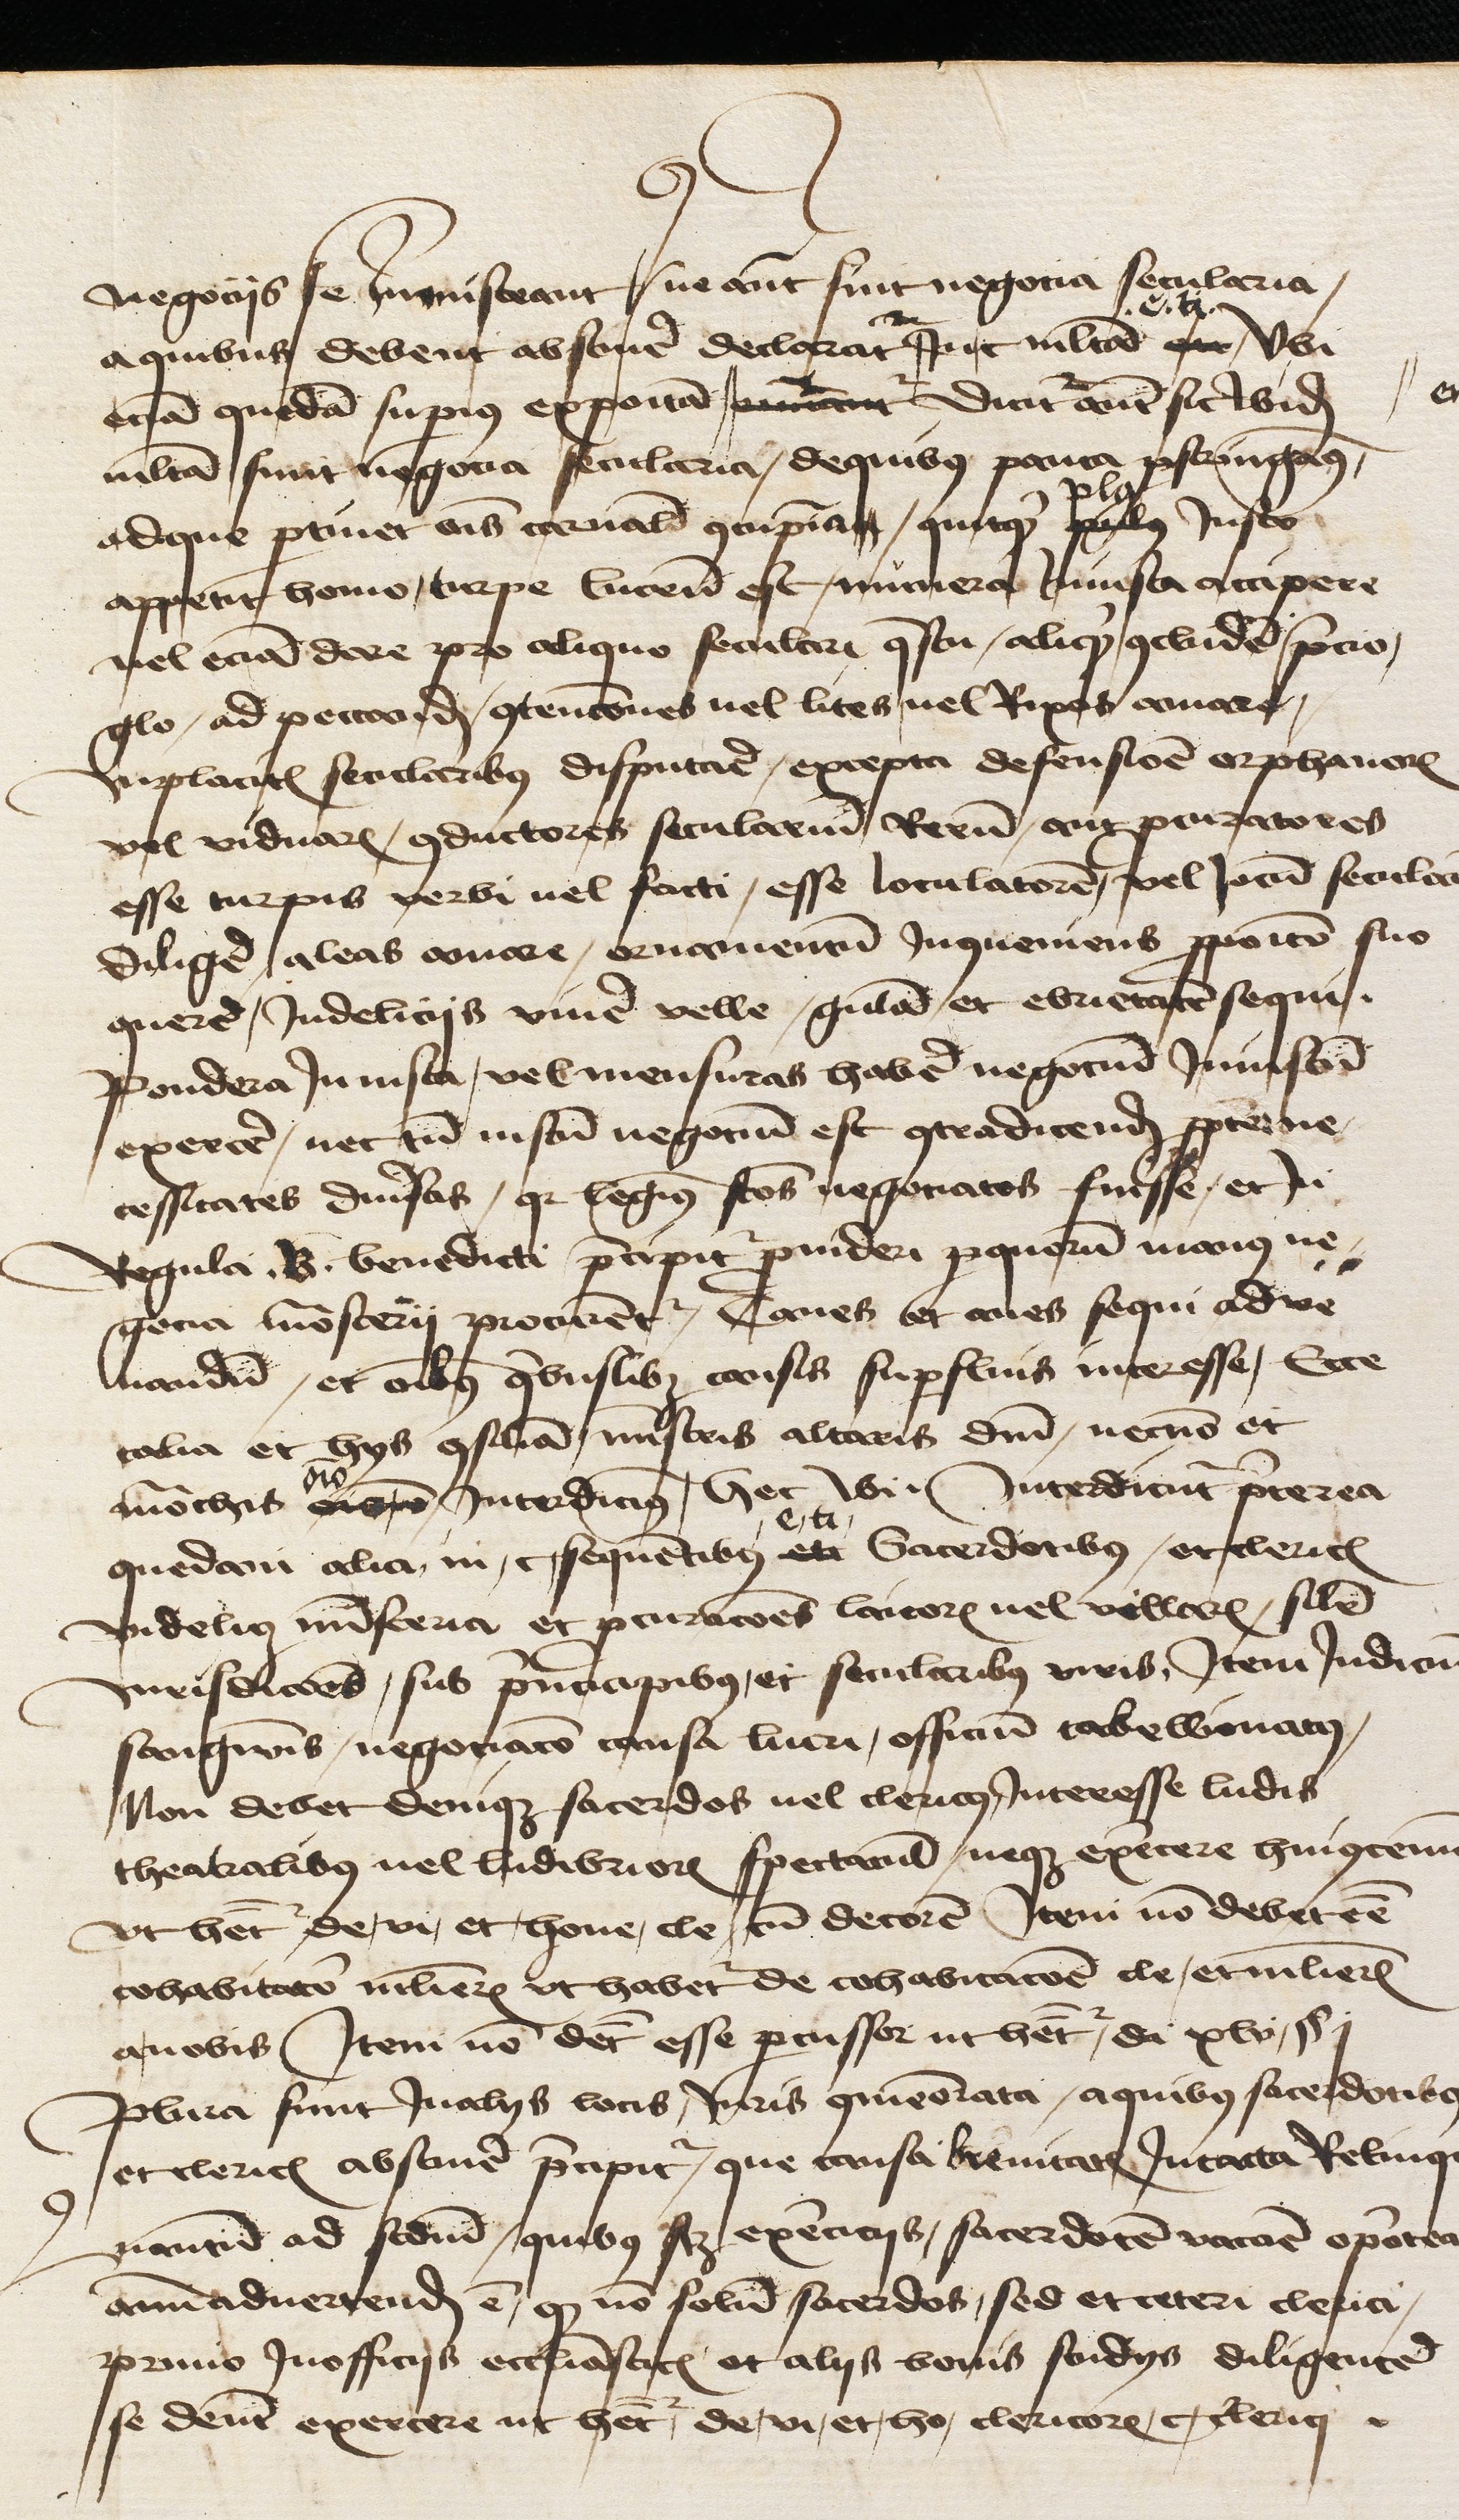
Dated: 1450–1499